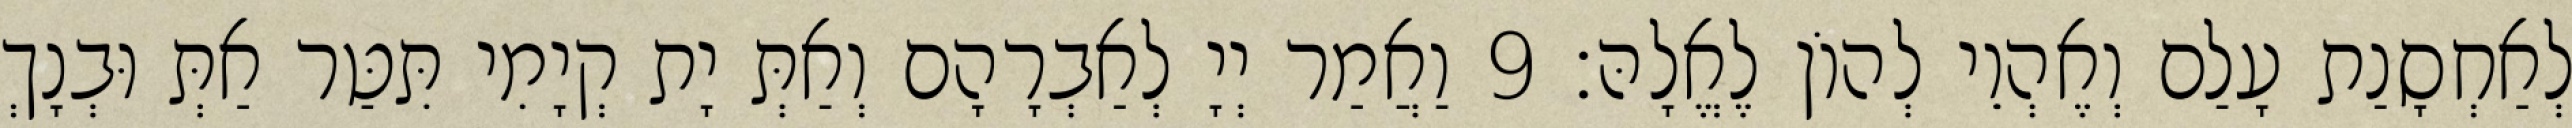
לְאַחְסָנַת עָלַם וְאֶהְוֵי לְהוֹן לֶאֱלָהּ׃ 9 וַאֲמַר יְיָ לְאַבְרָהָם וְאַתְּ יָת קְיָמִי תִּטַּר אַתְּ וּבְנָךְ